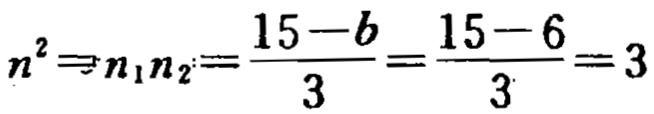
\(n^{2}\Rightarrow n_{1}n_{2}=\frac{15 - b}{3}=\frac{15 - 6}{3}=3\)